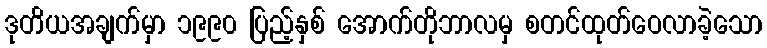
ဒုတိယအချက်မှာ ၁၉၉၀ ပြည့်နှစ် အောက်တိုဘာလမှ စတင်ထုတ်ဝေလာခဲ့သော